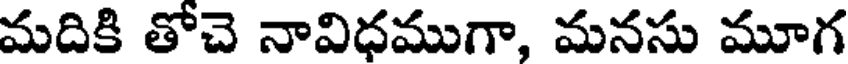
మదికి తోచె నావిధముగా, మనసు మూగ